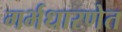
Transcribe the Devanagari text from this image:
गर्भधारणेत